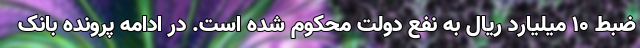
ضبط ۱۰ میلیارد ریال به نفع دولت محکوم شده است. در ادامه پرونده بانک